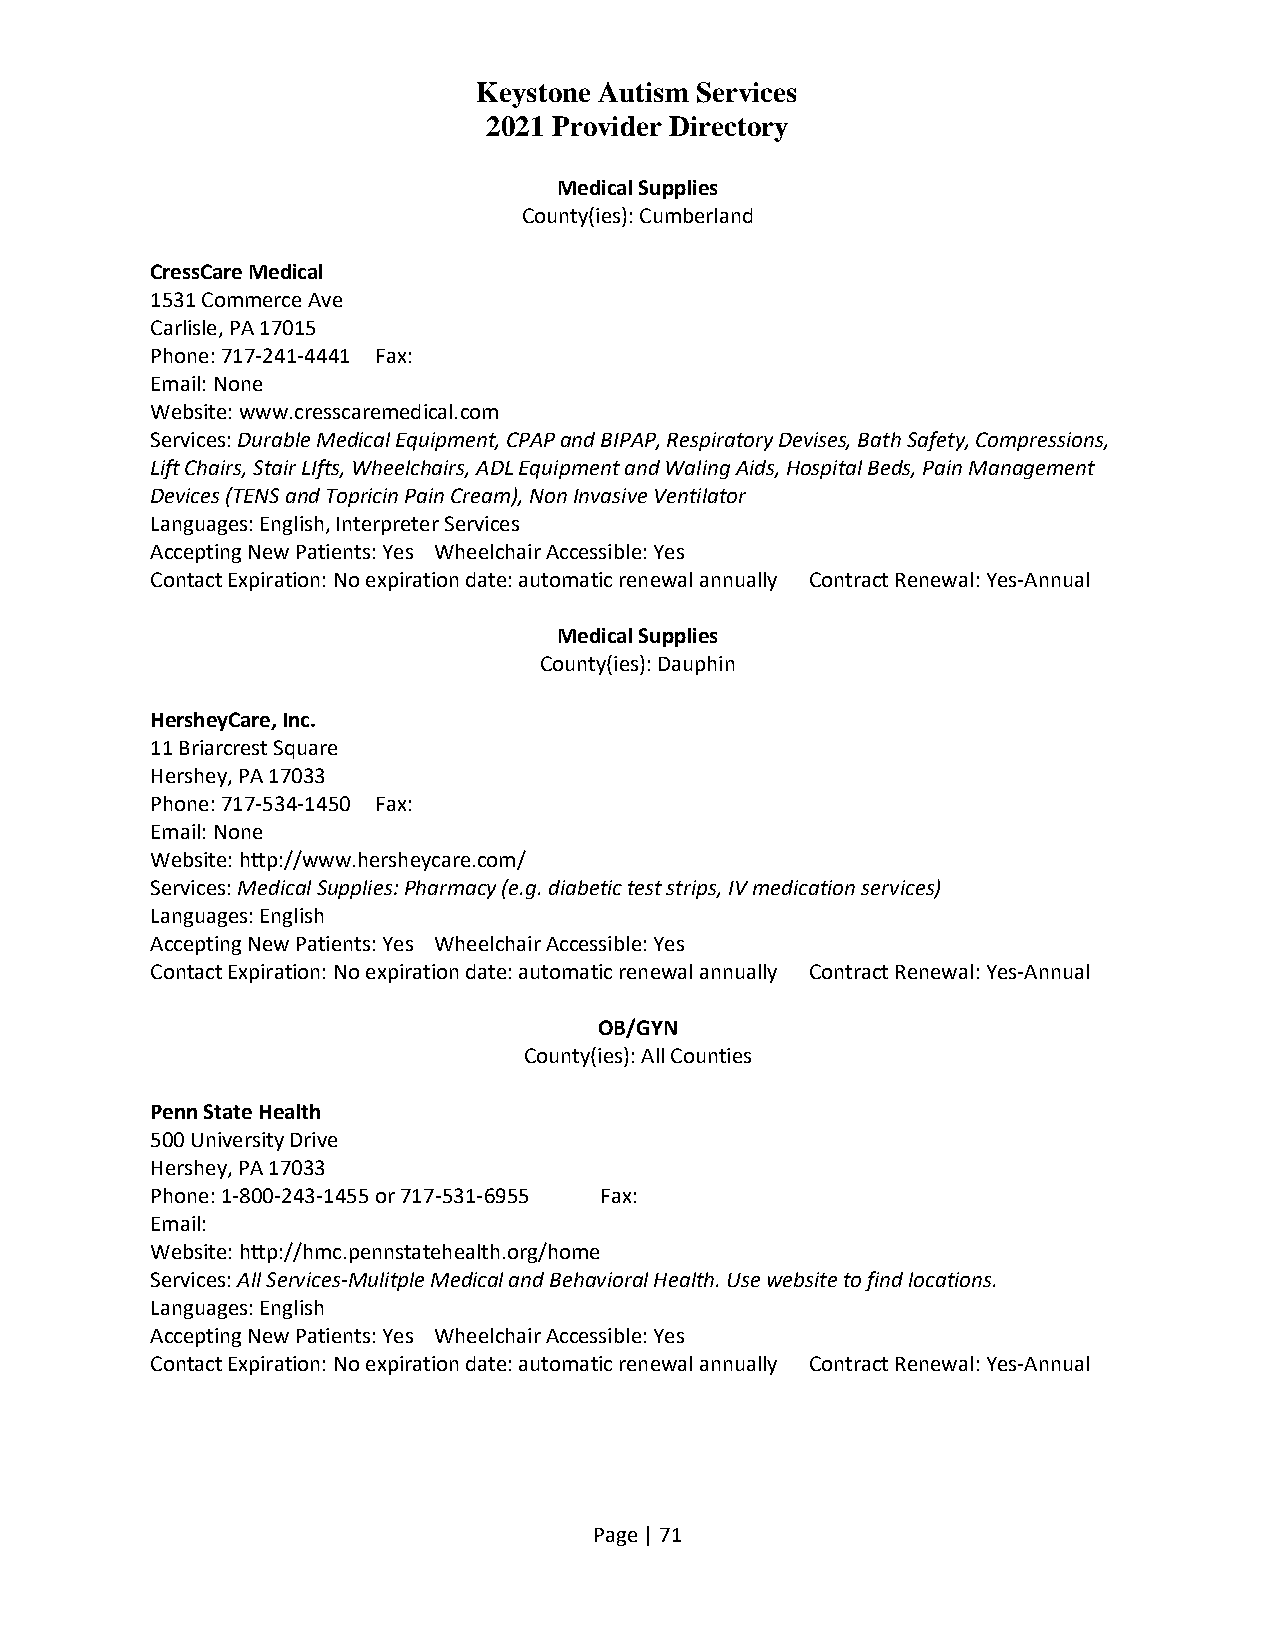
Keystone Autism Services
 2021 Provider Directory
 Medical Supplies
 County(ies): Cumberland
 CressCare Medical
 1531 Commerce Ave
 Carlisle, PA 17015
 Phone: 717-241-4441 Fax:
 Email: None
 Website: www.cresscaremedical.com
 Services: Durable Medical Equipment, CPAP and BIPAP, Respiratory Devises, Bath Safety, Compressions,
 Lift Chairs, Stair LIfts, Wheelchairs, ADL Equipment and Waling Aids, Hospital Beds, Pain Management
 Devices (TENS and Topricin Pain Cream), Non Invasive Ventilator
 Languages: English, Interpreter Services
 Accepting New Patients: Yes Wheelchair Accessible: Yes
 Contact Expiration: No expiration date: automatic renewal annually Contract Renewal: Yes-Annual
 Medical Supplies
 County(ies): Dauphin
 HersheyCare, Inc.
 11 Briarcrest Square
 Hershey, PA 17033
 Phone: 717-534-1450 Fax:
 Email: None
 Website: http://www.hersheycare.com/
 Services: Medical Supplies: Pharmacy (e.g. diabetic test strips, IV medication services)
 Languages: English
 Accepting New Patients: Yes Wheelchair Accessible: Yes
 Contact Expiration: No expiration date: automatic renewal annually Contract Renewal: Yes-Annual
 OB/GYN
 County(ies): All Counties
 Penn State Health
 500 University Drive
 Hershey, PA 17033
 Phone: 1-800-243-1455 or 717-531-6955 Fax:
 Email:
 Website: http://hmc.pennstatehealth.org/home
 Services: All Services-Mulitple Medical and Behavioral Health. Use website to find locations.
 Languages: English
 Accepting New Patients: Yes Wheelchair Accessible: Yes
 Contact Expiration: No expiration date: automatic renewal annually Contract Renewal: Yes-Annual
 Page | 71